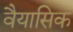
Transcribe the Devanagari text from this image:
वैयासिक